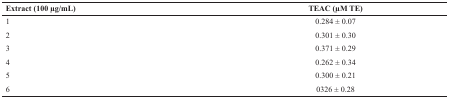
<table><thead><tr><td><b>Extract (100 μg/mL)</b></td><td><b>TEAC (μM TE)</b></td></tr></thead><tbody><tr><td>1</td><td>0.284 ± 0.07</td></tr><tr><td>2</td><td>0.301 ± 0.30</td></tr><tr><td>3</td><td>0.371 ± 0.29</td></tr><tr><td>4</td><td>0.262 ± 0.34</td></tr><tr><td>5</td><td>0.300 ± 0.21</td></tr><tr><td>6</td><td>0326 ± 0.28</td></tr></tbody></table>